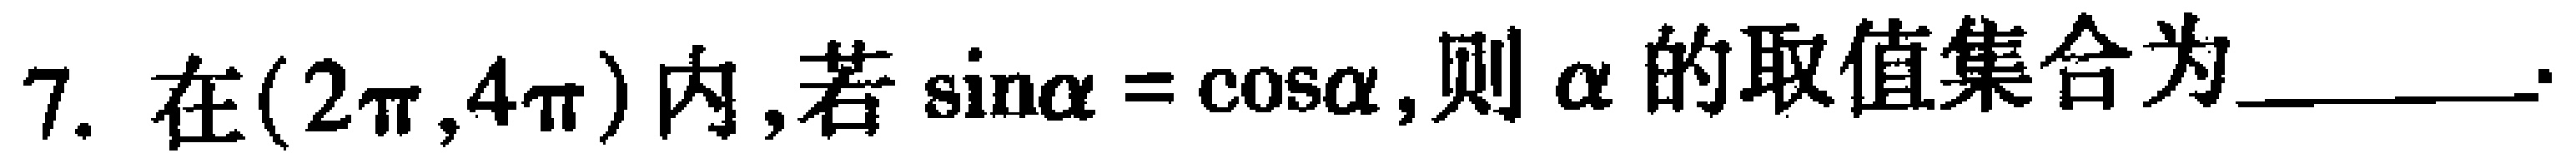
7. 在\((2\pi,4\pi)\)内，若\(\sin\alpha = \cos\alpha\)，则\(\alpha\)的取值集合为  。